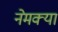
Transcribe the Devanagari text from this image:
नेमक्‍या